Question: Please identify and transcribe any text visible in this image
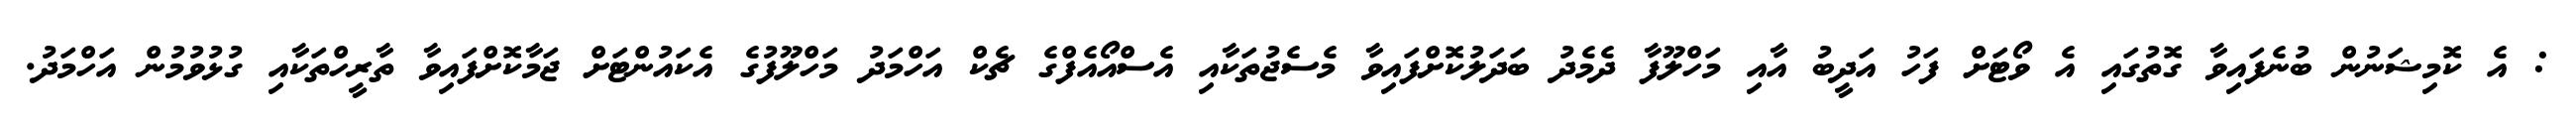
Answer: : އެ ކޮމިޝަނުން ބުނެފައިވާ ގޮތުގައި އެ ވޯޓަށް ފަހު އަދީބު އާއި މަހްލޫފާ ދެމެދު ބަދަލުކޮށްފައިވާ މެސެޖުތަކާއި އެސްއޯއެފްގެ ޗެކް އަހްމަދު މަހްލޫފުގެ އެކައުންޓަށް ޖަމާކޮށްފައިވާ ތާރީހްތަކާއި ގުޅުވުމުން އަހްމަދު.